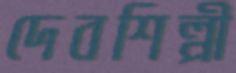
দেবশিল্পী